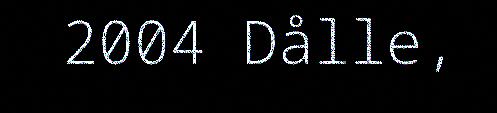
2004 Dålle,